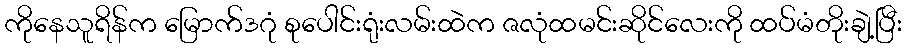
ကိုနေသူရိန်က မြောက်ဒဂုံ စုပေါင်းရုံးလမ်းထဲက ဇလုံထမင်းဆိုင်လေးကို ထပ်မံတိုးချဲ့ပြီး